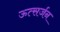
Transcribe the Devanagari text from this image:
ऊत्सर्जन